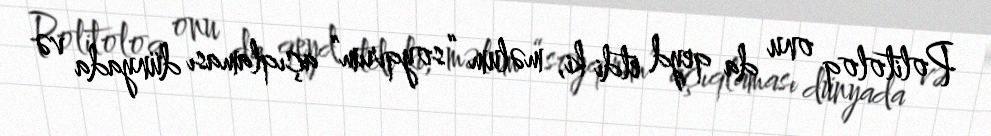
Politoloq onu da qeyd etdi ki, məlum “soyqırım” açıqlaması dünyada və